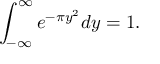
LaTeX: \int _ { - \infty } ^ { \infty } e ^ { - \pi y ^ { 2 } } d y = 1 .